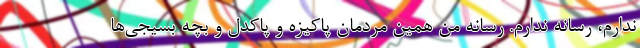
ندارم، رسانه ندارم. رسانه من همین مردمان پاکیزه و پاکدل و بچه بسیجی‌ها